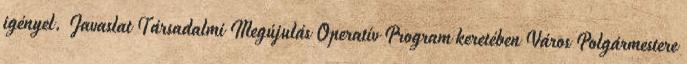
igényel. Javaslat Társadalmi Megújulás Operatív Program keretében Város Polgármestere